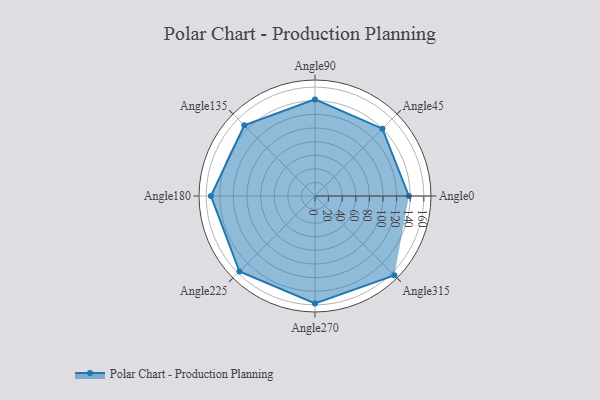
{"axis": {"x": "Angle", "y": "Radius"}, "legend": [""], "data": [{"x": "Angle0", "y": 138.0, "type": ""}, {"x": "Angle45", "y": 140.0, "type": ""}, {"x": "Angle90", "y": 142.0, "type": ""}, {"x": "Angle135", "y": 147.0, "type": ""}, {"x": "Angle180", "y": 153.0, "type": ""}, {"x": "Angle225", "y": 157.0, "type": ""}, {"x": "Angle270", "y": 158.0, "type": ""}, {"x": "Angle315", "y": 165.0, "type": ""}]}